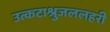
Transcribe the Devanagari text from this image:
उत्कटाश्रुजललहरी